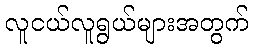
လူငယ်လူရွယ်များအတွက်